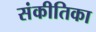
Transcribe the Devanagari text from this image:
संकीतिका